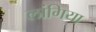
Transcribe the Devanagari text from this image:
लांगिया